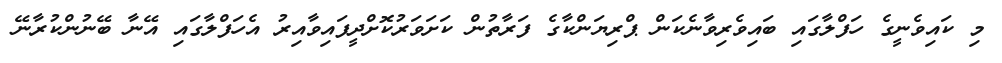
މި ކައިވެނީގެ ހަފްލާގައި ބައިވެރިވާނެކަން ޕްރިޔަންކާގެ ފަރާތުން ކަށަވަރުކޮށްދީފައިވާއިރު އެހަފްލާގައި އޭނާ ބޭނުންކުރާނޭ